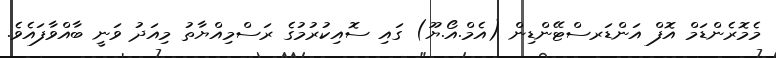
މެމޮރެންޑަމް އޮފް އަންޑަރސްޓޭންޑިން (އެމް.އޯ.ޔޫ) ގައި ސޮއިކުރުމުގެ ރަސްމިއްޔާތު މިއަދު ވަނީ ބާއްވާފައެވެ.